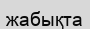
жабықта